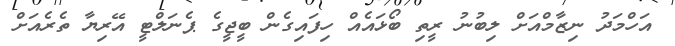
އަހްމަދު ނިޒާމްއަށް ލިބުނު ރީތި ބޯޅައެއް ހިފައިގެން ބީޖީގެ ޕެނަލްޓީ އޭރިޔާ ތެރެއަށް